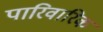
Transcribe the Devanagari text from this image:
पारिवारिक